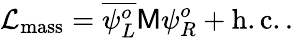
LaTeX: {\cal L}_{\mathrm{mass}}=\overline{{{\psi_{L}^{o}}}}{\sf M}\psi_{R}^{o}+\mathrm{h.c..}